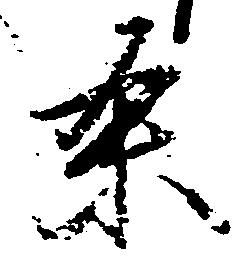
条